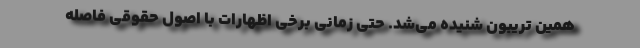
همین تریبون شنیده می‌شد. حتی زمانی برخی اظهارات با اصول حقوقی فاصله